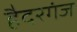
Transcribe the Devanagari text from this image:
हैदरगंज